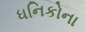
ધનિકોના